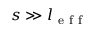
s \gg l _ { \mathrm { ~ e ~ f ~ f ~ } }